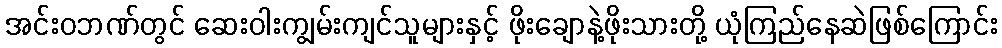
အင်းဝဘဏ်တွင် ဆေးဝါးကျွမ်းကျင်သူများနှင့် ဖိုးချောနဲ့ဖိုးသားတို့ ယုံကြည်နေဆဲဖြစ်ကြောင်း